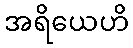
အရိယေဟိ